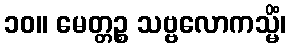
၁၀။ မေတ္တဉ္စ သဗ္ဗလောကသ္မိံ၊